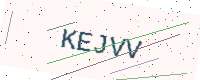
Text: KEJVV